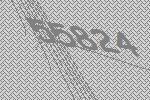
55824